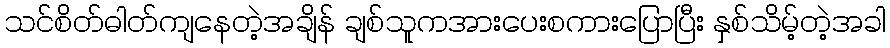
သင်စိတ်ဓါတ်ကျနေတဲ့အချိန် ချစ်သူကအားပေးစကားပြောပြီး နှစ်သိမ့်တဲ့အခါ